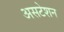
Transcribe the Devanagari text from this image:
असटेशन